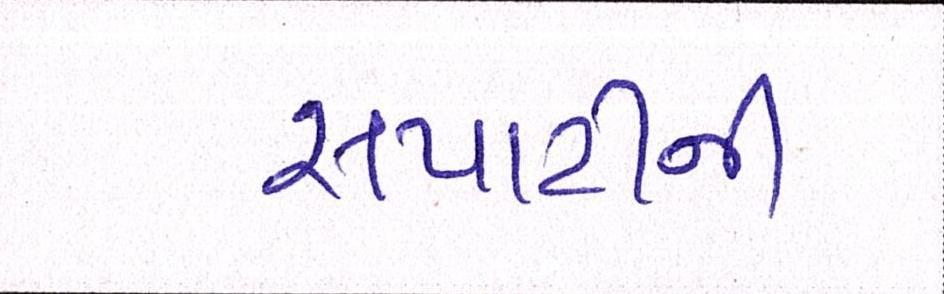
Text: સપાટીની